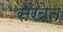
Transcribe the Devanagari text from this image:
संखेत